Document type: Emphyteutic lease
Year: 1473
Scribe: [Unknown]
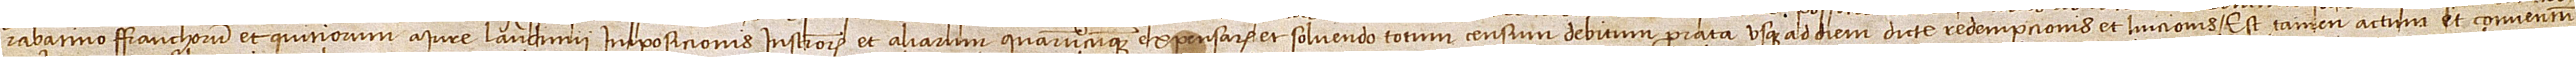
rabatino franchorum et quitiorum a iure laudimii imposicionis instrumentorum et aliarum quarumcumque expensarum et solvendo totum censum debitum prorata usque ad diem dicte redempcionis et luicionis. Est tamen actum et conventum